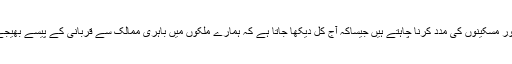
خاص طور سے اس وقت جب قربانی کے گوشت سے محتاجوں اور مسکینوں کی مدد کرنا چاہتے ہیں جیساکہ آج کل دیکھا جاتا ہے کہ ہمارے ملکوں میں باہری ممالک سے قربانی کے پیسے بھیجے جاتے ہیں تاکہ ان قربانیوں سے غریب ومسکین فائدہ اٹھاسکیں ۔